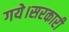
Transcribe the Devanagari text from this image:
गये।सरकारी